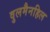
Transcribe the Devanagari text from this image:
वुलमैनहिल